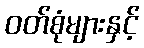
ဝတ်စုံများနှင့်